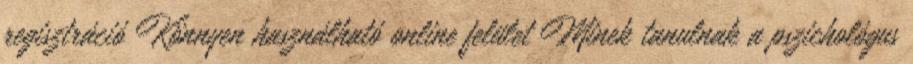
regisztráció Könnyen használható online felület Minek tanulnak a pszichológus